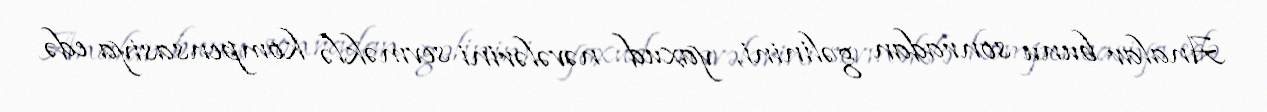
Analar bunu sonradan gəlinini, yaxud nəvələrini sevməklə kompensasiya edə